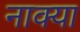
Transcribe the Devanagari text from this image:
नाक्या